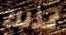
كذلك